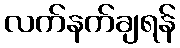
လက်နက်ချရန်